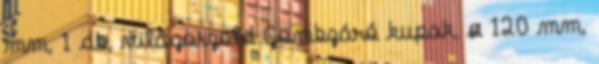
mm, 1 db, világoszöld Gömbzáró kupak, ø 120 mm,